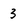
Character: 3